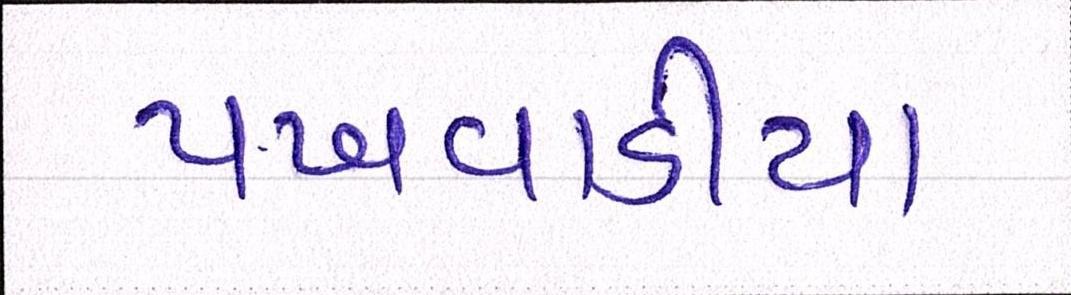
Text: પખવાડીયા